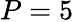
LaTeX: P=5